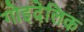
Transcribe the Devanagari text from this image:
गोइदेलिक